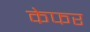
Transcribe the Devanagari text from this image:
केफर